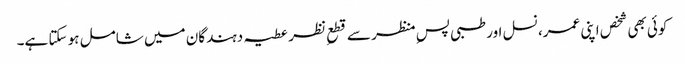
کوئی بھی شخص اپنی عمر، نسل اور طبی پسِ منظر سے قطعِ نظر عطیہ دہندگان میں شامل ہو سکتا ہے۔